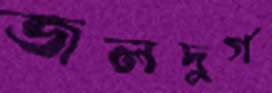
জলদুর্গ